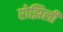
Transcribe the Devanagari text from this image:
रोझिली